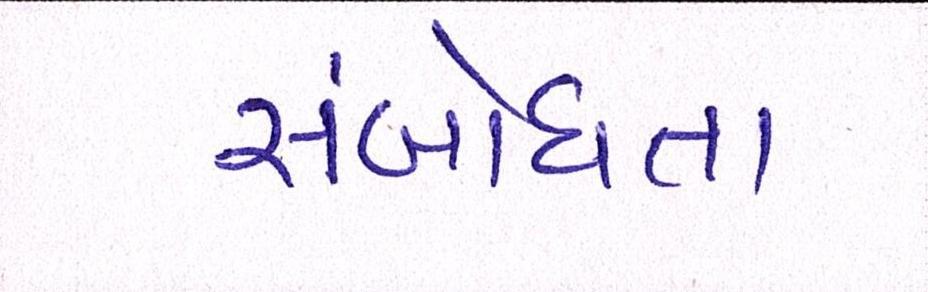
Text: સંબોધતા